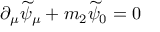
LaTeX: \partial _ { \mu } \widetilde { \psi } _ { \mu } + m _ { 2 } \widetilde { \psi } _ { 0 } = 0